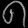
Digit: ၈